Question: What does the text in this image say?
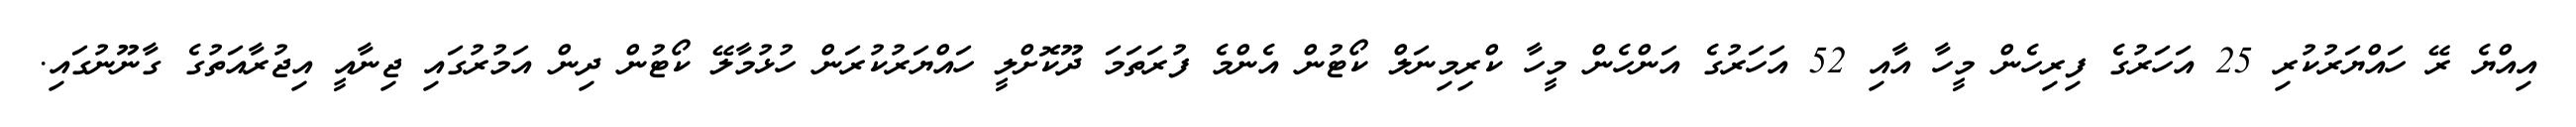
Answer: އިއްޔެ ރޭ ހައްޔަރުކުރި 25 އަހަރުގެ ފިރިހެން މީހާ އާއި 52 އަހަރުގެ އަންހެން މީހާ ކްރިމިނަލް ކޯޓުން އެންމެ ފުރަތަމަ ދޫކޮށްލީ ހައްޔަރުކުރަން ހުޅުމާލޭ ކޯޓުން ދިން އަމުރުގައި ޖިނާއީ އިޖުރާއަތުގެ ގާނޫނުގައި.